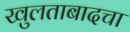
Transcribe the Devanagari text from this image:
खुलताबादचा